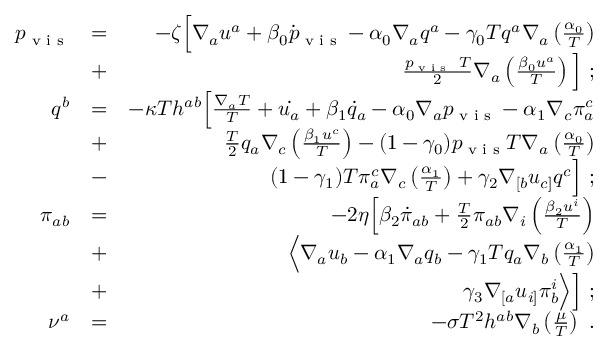
\begin{array} { r l r } { p _ { \textrm { v i s } } } & { = } & { - \zeta \Big [ \nabla _ { a } u ^ { a } + \beta _ { 0 } \dot { p } _ { \textrm { v i s } } - \alpha _ { 0 } \nabla _ { a } q ^ { a } - \gamma _ { 0 } T q ^ { a } \nabla _ { a } \left( \frac { \alpha _ { 0 } } { T } \right) } \\ & { + } & { \frac { p _ { \textrm { v i s } } ~ T } { 2 } \nabla _ { a } \left( \frac { \beta _ { 0 } u ^ { a } } { T } \right) \Big ] ~ ; } \\ { q ^ { b } } & { = } & { - \kappa T h ^ { a b } \Big [ \frac { \nabla _ { a } T } { T } + \dot { u _ { a } } + \beta _ { 1 } \dot { q } _ { a } - \alpha _ { 0 } \nabla _ { a } p _ { \textrm { v i s } } - \alpha _ { 1 } \nabla _ { c } \pi _ { a } ^ { c } } \\ & { + } & { \frac { T } { 2 } q _ { a } \nabla _ { c } \left( \frac { \beta _ { 1 } u ^ { c } } { T } \right) - ( 1 - \gamma _ { 0 } ) p _ { \textrm { v i s } } T \nabla _ { a } \left( \frac { \alpha _ { 0 } } { T } \right) } \\ & { - } & { ( 1 - \gamma _ { 1 } ) T \pi _ { a } ^ { c } \nabla _ { c } \left( \frac { \alpha _ { 1 } } { T } \right) + \gamma _ { 2 } \nabla _ { [ b } u _ { c ] } q ^ { c } \Big ] ~ ; } \\ { \pi _ { a b } } & { = } & { - 2 \eta \Big [ \beta _ { 2 } \dot { \pi } _ { a b } + \frac { T } { 2 } \pi _ { a b } \nabla _ { i } \left( \frac { \beta _ { 2 } u ^ { i } } { T } \right) } \\ & { + } & { \Big < \nabla _ { a } u _ { b } - \alpha _ { 1 } \nabla _ { a } q _ { b } - \gamma _ { 1 } T q _ { a } \nabla _ { b } \left( \frac { \alpha _ { 1 } } { T } \right) } \\ & { + } & { \gamma _ { 3 } \nabla _ { [ a } u _ { i ] } \pi _ { b } ^ { i } \Big > \Big ] ~ ; } \\ { \nu ^ { a } } & { = } & { - \sigma T ^ { 2 } h ^ { a b } \nabla _ { b } \left( \frac { \mu } { T } \right) ~ . } \end{array}